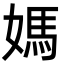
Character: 媽